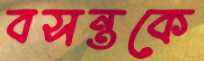
বসন্তকে